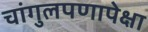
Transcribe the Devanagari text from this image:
चांगुलपणापेक्षा